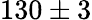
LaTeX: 130\pm 3